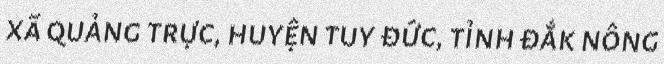
xã quảng trực, huyện tuy đức, tỉnh đắk nông